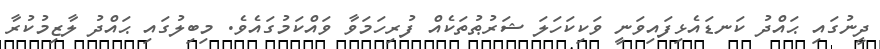
ދީނުގައި ޙައްދު ކަނޑައެޅިފައިވަނީ ވަކިކަހަލަ ޝަރުޠުތަކެއް ފުރިހަމަވާ ވައްކަމުގައެވެ. މިބިލުގައި ޙައްދު ލާޒިމުކުރާ